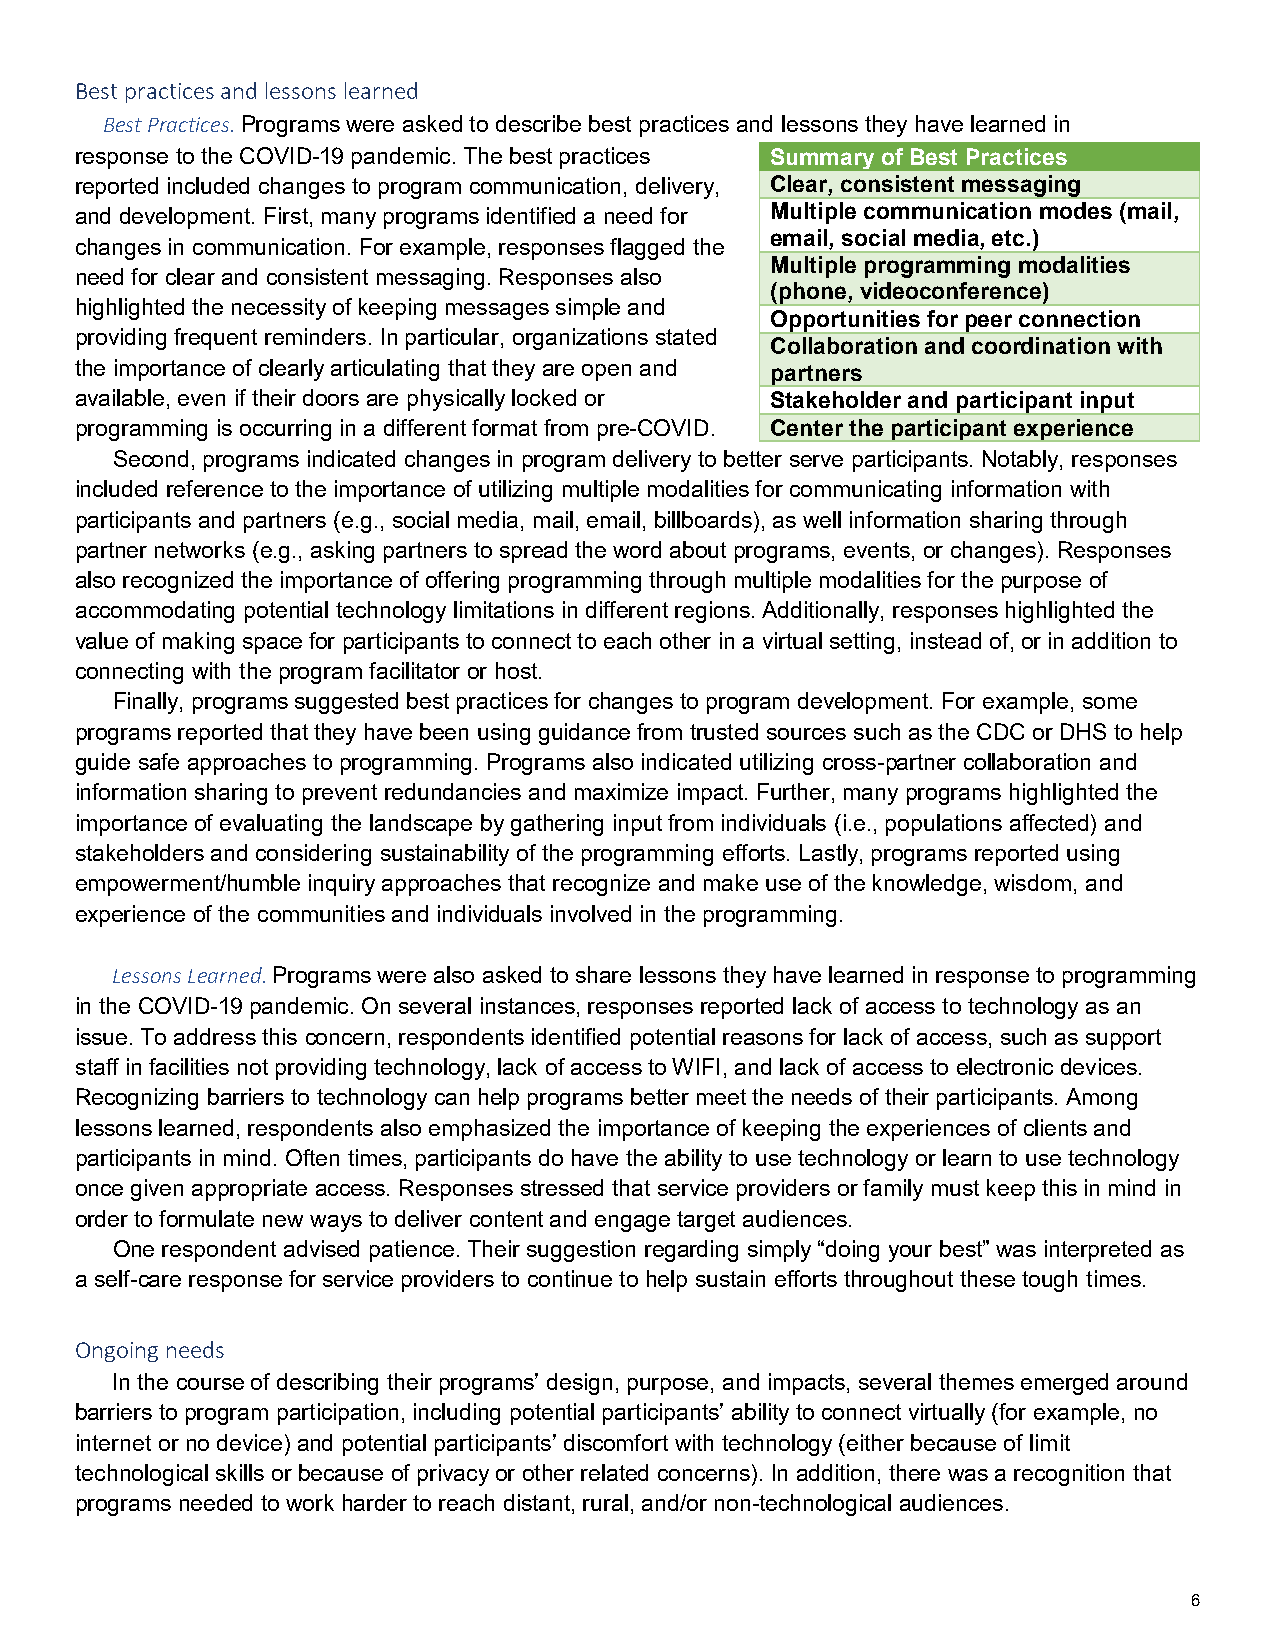
Best practices and lessons learned
 Best Practices. Programs were asked to describe best practices and lessons they have learned in
 response to the COVID-19 pandemic. The best practices Summary of Best Practices
 reported included changes to program communication, delivery, Clear, consistent messaging
 and development. First, many programs identified a need for Multiple communication modes (mail,
 email, social media, etc.)
 changes in communication. For example, responses flagged the
 Multiple programming modalities
 need for clear and consistent messaging. Responses also
 (phone, videoconference)
 highlighted the necessity of keeping messages simple and
 Opportunities for peer connection
 providing frequent reminders. In particular, organizations stated
 Collaboration and coordination with
 the importance of clearly articulating that they are open and partners
 available, even if their doors are physically locked or Stakeholder and participant input
 programming is occurring in a different format from pre-COVID. Center the participant experience
 Second, programs indicated changes in program delivery to better serve participants. Notably, responses
 included reference to the importance of utilizing multiple modalities for communicating information with
 participants and partners (e.g., social media, mail, email, billboards), as well information sharing through
 partner networks (e.g., asking partners to spread the word about programs, events, or changes). Responses
 also recognized the importance of offering programming through multiple modalities for the purpose of
 accommodating potential technology limitations in different regions. Additionally, responses highlighted the
 value of making space for participants to connect to each other in a virtual setting, instead of, or in addition to
 connecting with the program facilitator or host.
 Finally, programs suggested best practices for changes to program development. For example, some
 programs reported that they have been using guidance from trusted sources such as the CDC or DHS to help
 guide safe approaches to programming. Programs also indicated utilizing cross-partner collaboration and
 information sharing to prevent redundancies and maximize impact. Further, many programs highlighted the
 importance of evaluating the landscape by gathering input from individuals (i.e., populations affected) and
 stakeholders and considering sustainability of the programming efforts. Lastly, programs reported using
 empowerment/humble inquiry approaches that recognize and make use of the knowledge, wisdom, and
 experience of the communities and individuals involved in the programming.
 Lessons Learned. Programs were also asked to share lessons they have learned in response to programming
 in the COVID-19 pandemic. On several instances, responses reported lack of access to technology as an
 issue. To address this concern, respondents identified potential reasons for lack of access, such as support
 staff in facilities not providing technology, lack of access to WIFI, and lack of access to electronic devices.
 Recognizing barriers to technology can help programs better meet the needs of their participants. Among
 lessons learned, respondents also emphasized the importance of keeping the experiences of clients and
 participants in mind. Often times, participants do have the ability to use technology or learn to use technology
 once given appropriate access. Responses stressed that service providers or family must keep this in mind in
 order to formulate new ways to deliver content and engage target audiences.
 One respondent advised patience. Their suggestion regarding simply “doing your best” was interpreted as
 a self-care response for service providers to continue to help sustain efforts throughout these tough times.
 Ongoing needs
 In the course of describing their programs’ design, purpose, and impacts, several themes emerged around
 barriers to program participation, including potential participants’ ability to connect virtually (for example, no
 internet or no device) and potential participants’ discomfort with technology (either because of limit
 technological skills or because of privacy or other related concerns). In addition, there was a recognition that
 programs needed to work harder to reach distant, rural, and/or non-technological audiences.
 6